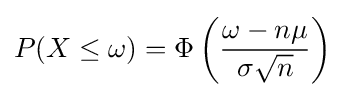
P(X\leq \omega )=\Phi \left({\frac {\omega -n\mu }{\sigma {\sqrt {n}}}}\right)